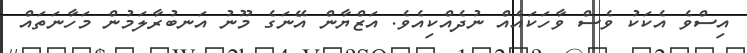
އިސްވެ އެކަކު ވެސް ވާހަކައެއް ނުދެއްކިއެވެ. އަޒްޔާން އޭނަގެ މޫނު އަނބުރާލަމުން މަހާނަތައް